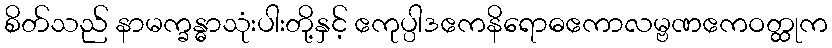
စိတ်သည် နာမက္ခန္ဓာသုံးပါးတို့နှင့် ဧကုပ္ပါဒဧကနိရောဓဧကာလမ္ဗဏဧကဝတ္ထုက